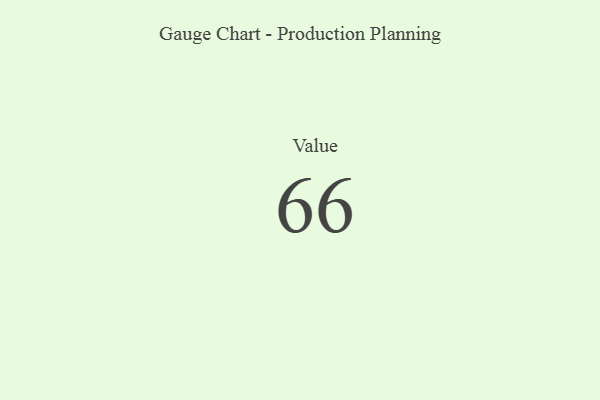
{"axis": {"x": "Metric", "y": "Value"}, "legend": [""], "data": [{"x": "Value", "y": 66, "type": ""}]}